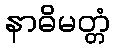
နာဓိမတ္တံ